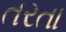
તરતા